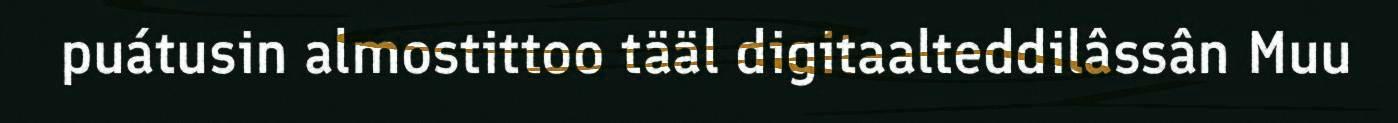
puátusin almostittoo tääl digitaalteddilâssân Muu